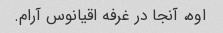
اوه، آنجا در غرفه اقیانوس آرام.